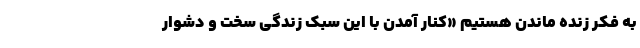
به فکر زنده ‌ماندن‌ هستیم «کنار آمدن با این سبک زندگی سخت و دشوار